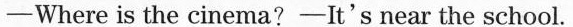
-Where is the cinema?-It's near the school.